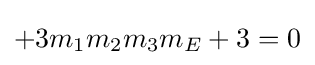
+3m_{1}m_{2}m_{3}m_{E}+3=0